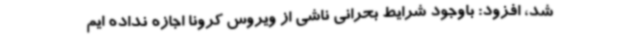
شد، افزود: باوجود شرایط بحرانی ناشی از ویروس کرونا اجازه نداده ایم